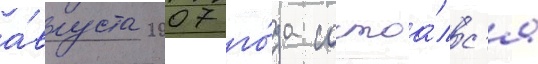
а́вгуста 2007 го́да состоа́лс'я